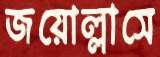
জয়োল্লাসে